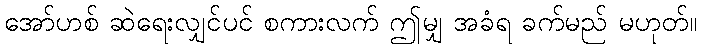
အော်ဟစ် ဆဲရေးလျှင်ပင် စကားလက် ဤမျှ အခံရ ခက်မည် မဟုတ်။